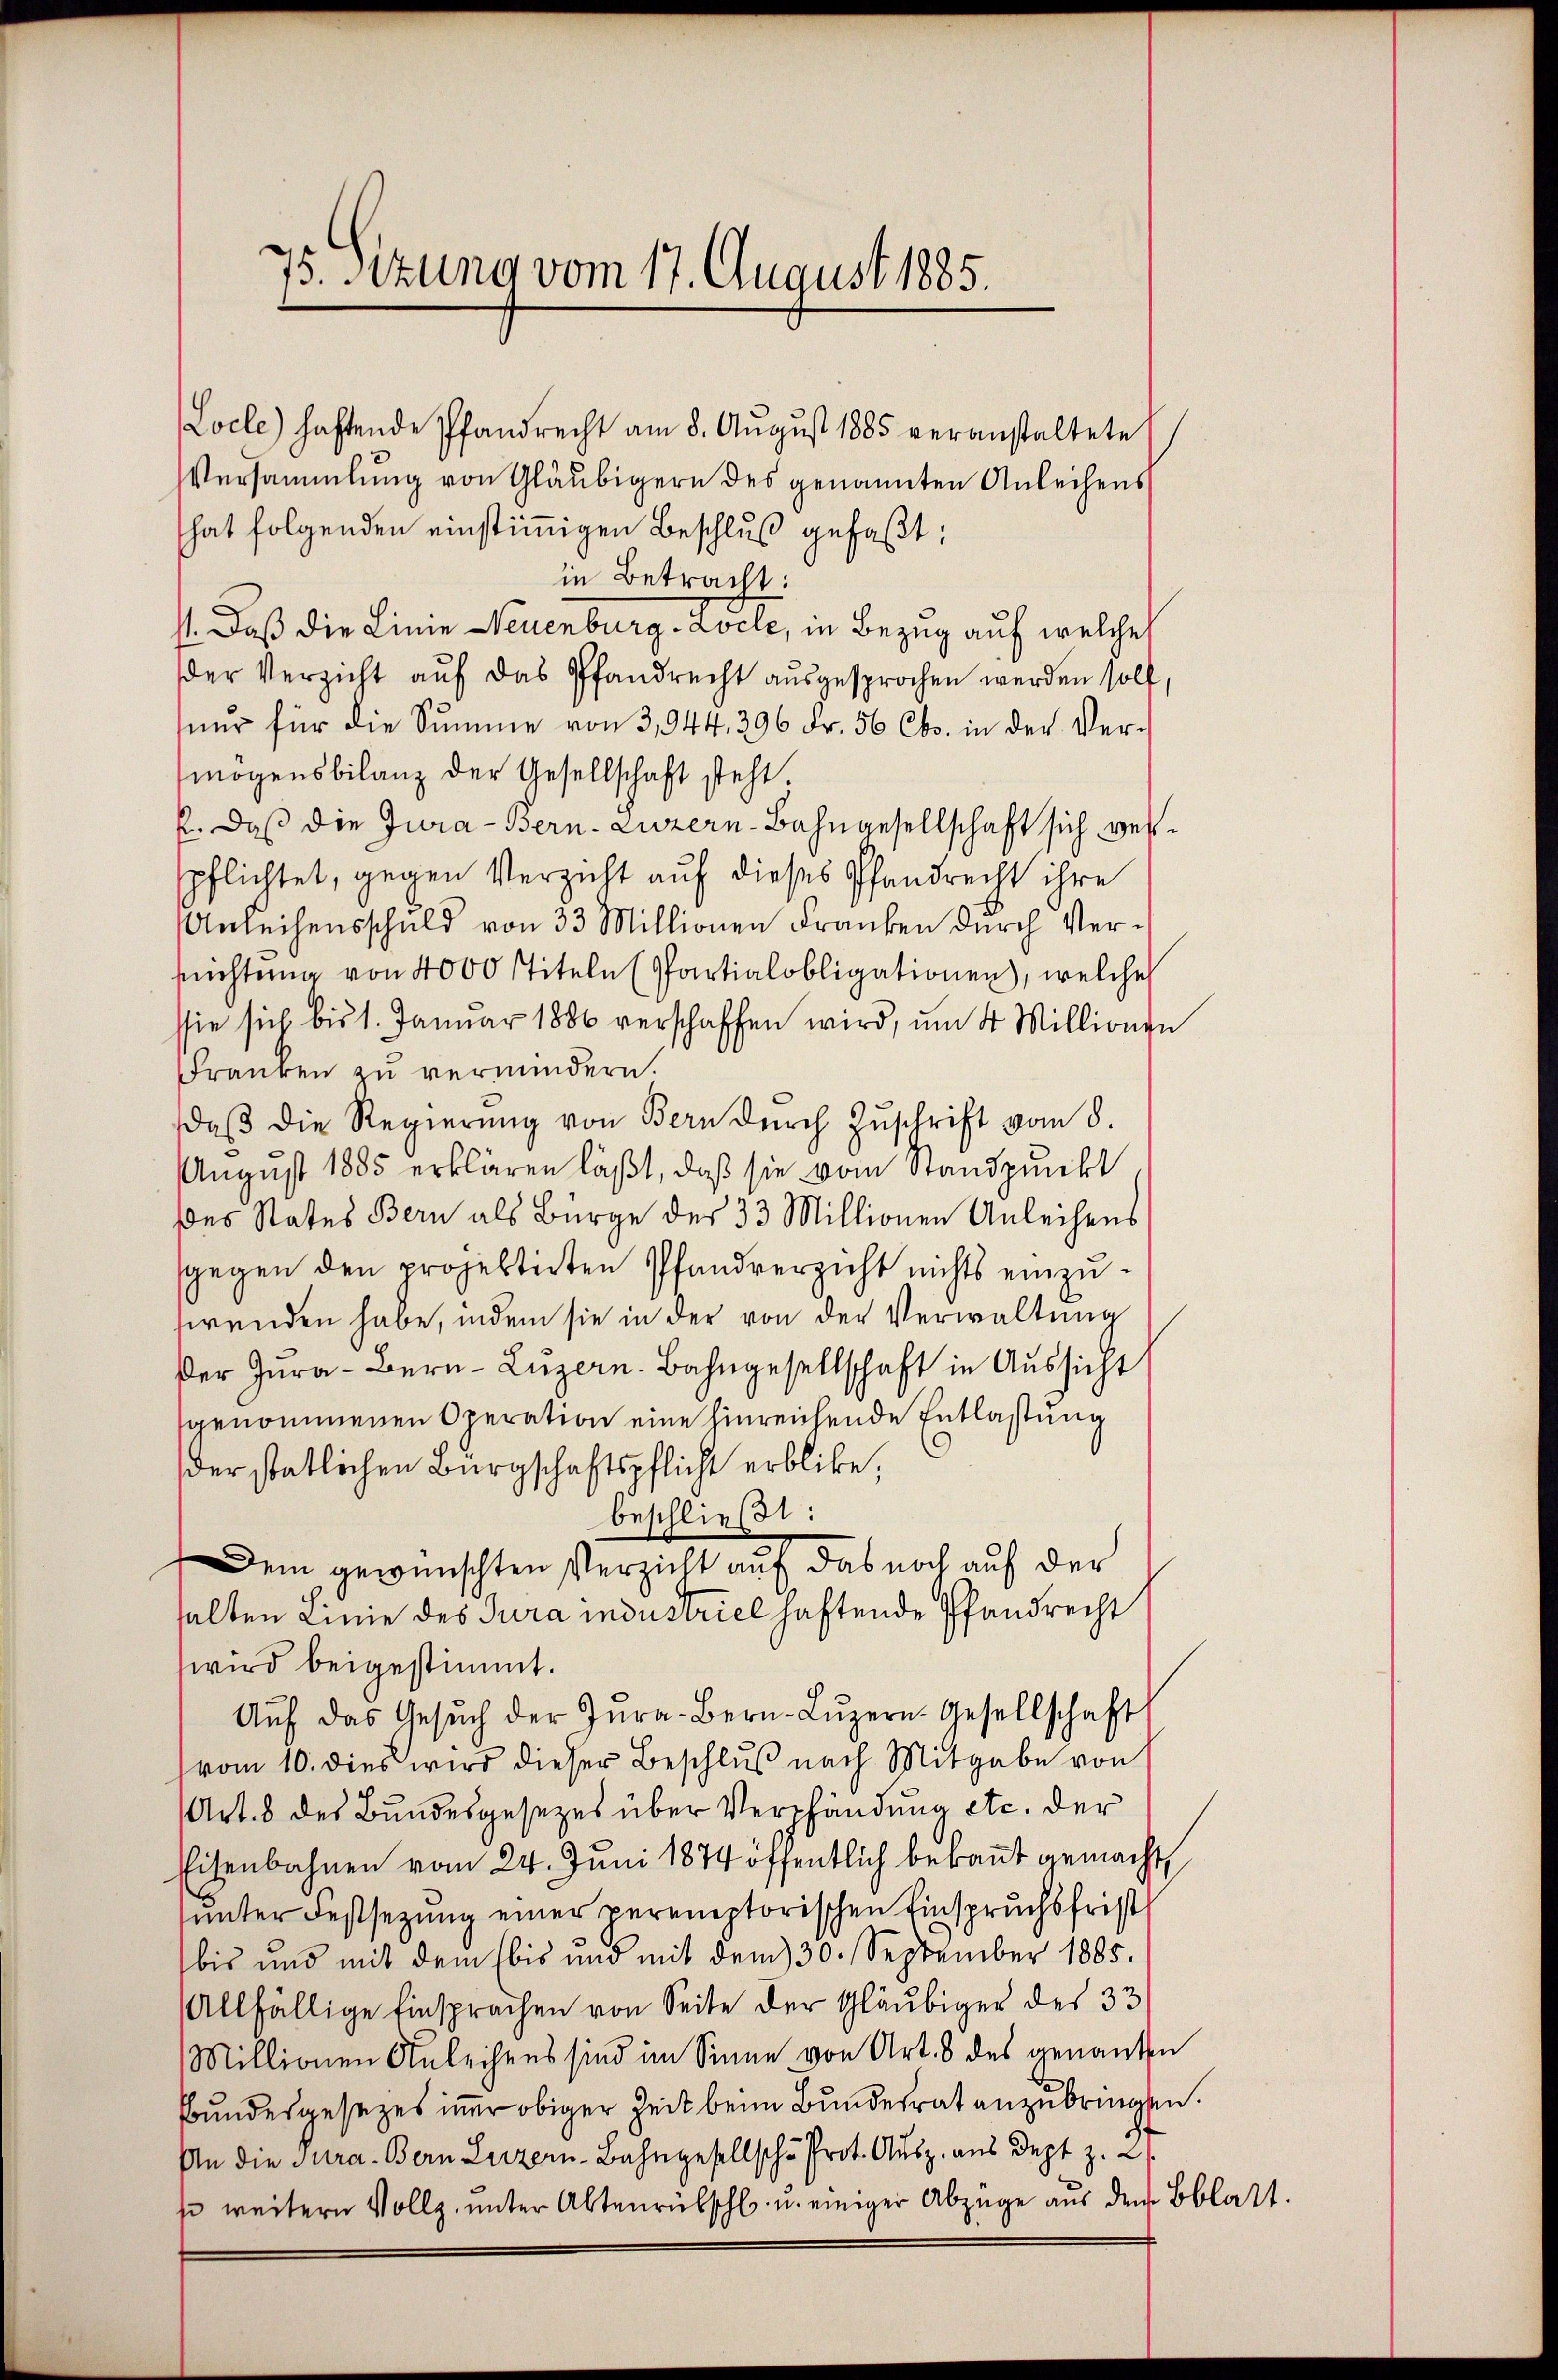
75. Sizung vom 17. August 1885.

Locle) haftende Pfandrecht am 8. Aŭgŭst 1885 veranstaltete
Versammlung von Gläubigern des genannten Anleihens
hat folgenden einstimmigen Beschluß gefaßt:
in Betracht:
st. Daß die Linie Neuenburg-Locle, in Bezug auf welche
der Verzicht auf das Pfandrecht ausgesprochen werden soll,
ŭr für die Summe von 3,944, 396 Fr. 56 Cts. in der Vermögensbilanz der Gesellschaft steht.
k. Daß die Jura - Bern. Luzern-Bahngesellschaft sich verspflichtet, gegen Verzicht auf dieses Pfandrecht ihre
Anleihensschuld von 33 Millionen Franken durch Versuchtung von 4000 Titeln (Partialobligationen, welche
ssie sich bis 1. Januar 1886 verschaffen wird, um 4 Millionen
Frauen zu vermindern.
daß die Regierung von Bern durch Zŭschrift vom 8.
August 1885 erklären läßt, daß sie vom Standpunkt
des Rates Bern als Bürge des 33 Millionen Anleihens
gegen den projektirten Pfandverzicht nichts einzuswenden habe, indem sie in der von der Verwaltung
Der Jura - Bern Luzern. Bahngesellschaft in Aussicht
genommenen Operation eine hinreichende Entlastung
der statlichen Bürgschaftspflicht erblicke.
beschließt:
Dem gewünschten Verzicht auf das noch auf der
halten Linie des Jura industriel haftende Pfandrecht
wird beigestimmt.
Aŭf das Gesŭch der Zŭra-Bern-Lŭzern Gesellschaft
vom 10. dies wird dieser Beschluß nach Mitgabe von
Art. 8 des Bundesgesezes über Verphändung etc. der
Eisenbahnen vom 24. Juni 1874 öffentlich bebaut gemacht
ŭnter Festsezung einer pereneptorischen Einspruchsfrist
bis und mit dem bis und mit dem 30. September 1885.
Allfällige Einsprachen von Seite der Gläubiger des 33
Millionen Anleihens sind im Sinne von Art. 8 des genannten
Bundesgesezes immer obiger Zeit beim Bundesrat anzubringen.
An die Jura. Bern Luzern-Bahngesellsch. Prot. Ausz. aus Dept z. B.
s weitern Vollz. unter Altenrütschl u. einiger Abzüge aus dem Bblatt.